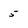
Character: 5